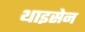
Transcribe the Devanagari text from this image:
थाइसेन